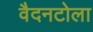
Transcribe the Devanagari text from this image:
वैदनटोला